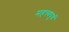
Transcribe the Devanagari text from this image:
महत्त्वपूर्व